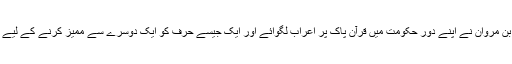
اس لیے عبد الملک بن مروان نے اپنے دور حکومت میں قرآن پاک پر اعراب لگوائے اور ایک جیسے حرف کو ایک دوسرے سے ممیز کرنے کے لیے نقطے لگائے گئے۔